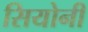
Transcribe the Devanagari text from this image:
सियोनी